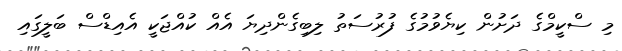
މި ސްކީމްގެ ދަށުން ކިޔެވުމުގެ ފުރުސަތު ލިބިގެންދިޔަ އެއް ކުއްޖަކީ އެއިޑްސް ބަލީގައި